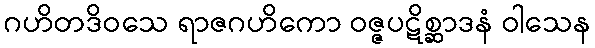
ဂဟိတဒိဝသေ ရာဇဂဟိကော ဝဇ္ဇပဋိစ္ဆာဒနံ ဝါသေန